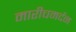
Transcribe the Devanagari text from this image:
मारीचमर्दन